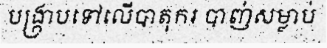
បង្ក្រាបទៅលើបាតុករ បាញ់សម្លាប់